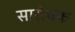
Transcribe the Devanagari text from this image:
सारोचक